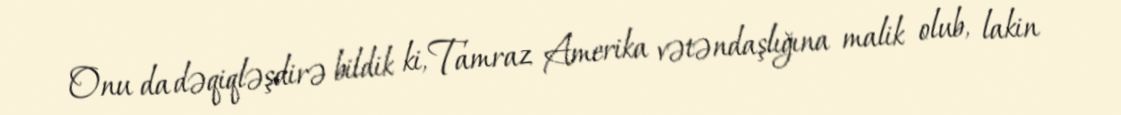
Onu da dəqiqləşdirə bildik ki, Tamraz Amerika vətəndaşlığına malik olub, lakin